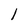
Character: l